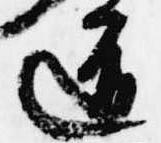
道